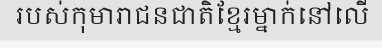
របស់កុមារាជនជាតិខ្មែរម្នាក់នៅលើ